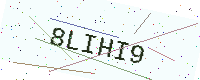
Text: 8LIHI9